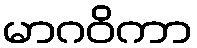
မာဂဝိကာ